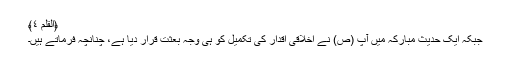
﴿القلم ٤﴾
جبکہ ایک حدیث مبارکہ میں آپ (ص) نے اخلاقی اقدار کی تکمیل کو ہی وجہِ بعثت قرار دیا ہے، چنانچہ فرماتے ہیں۔